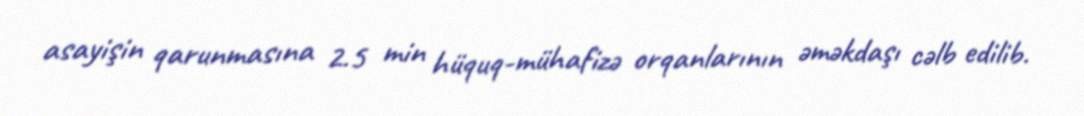
asayişin qarunmasına 2.5 min hüquq-mühafizə orqanlarının əməkdaşı cəlb edilib.